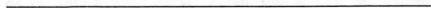
___